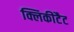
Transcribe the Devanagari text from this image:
क्लिकीटैट